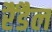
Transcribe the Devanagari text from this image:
रैंडैल